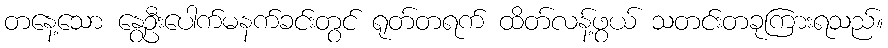
တနေ့သော နွေဦးပေါက်မနက်ခင်းတွင် ရုတ်တရက် ထိတ်လန့်ဖွယ် သတင်းတခုကြားရသည်။